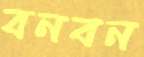
বনবন